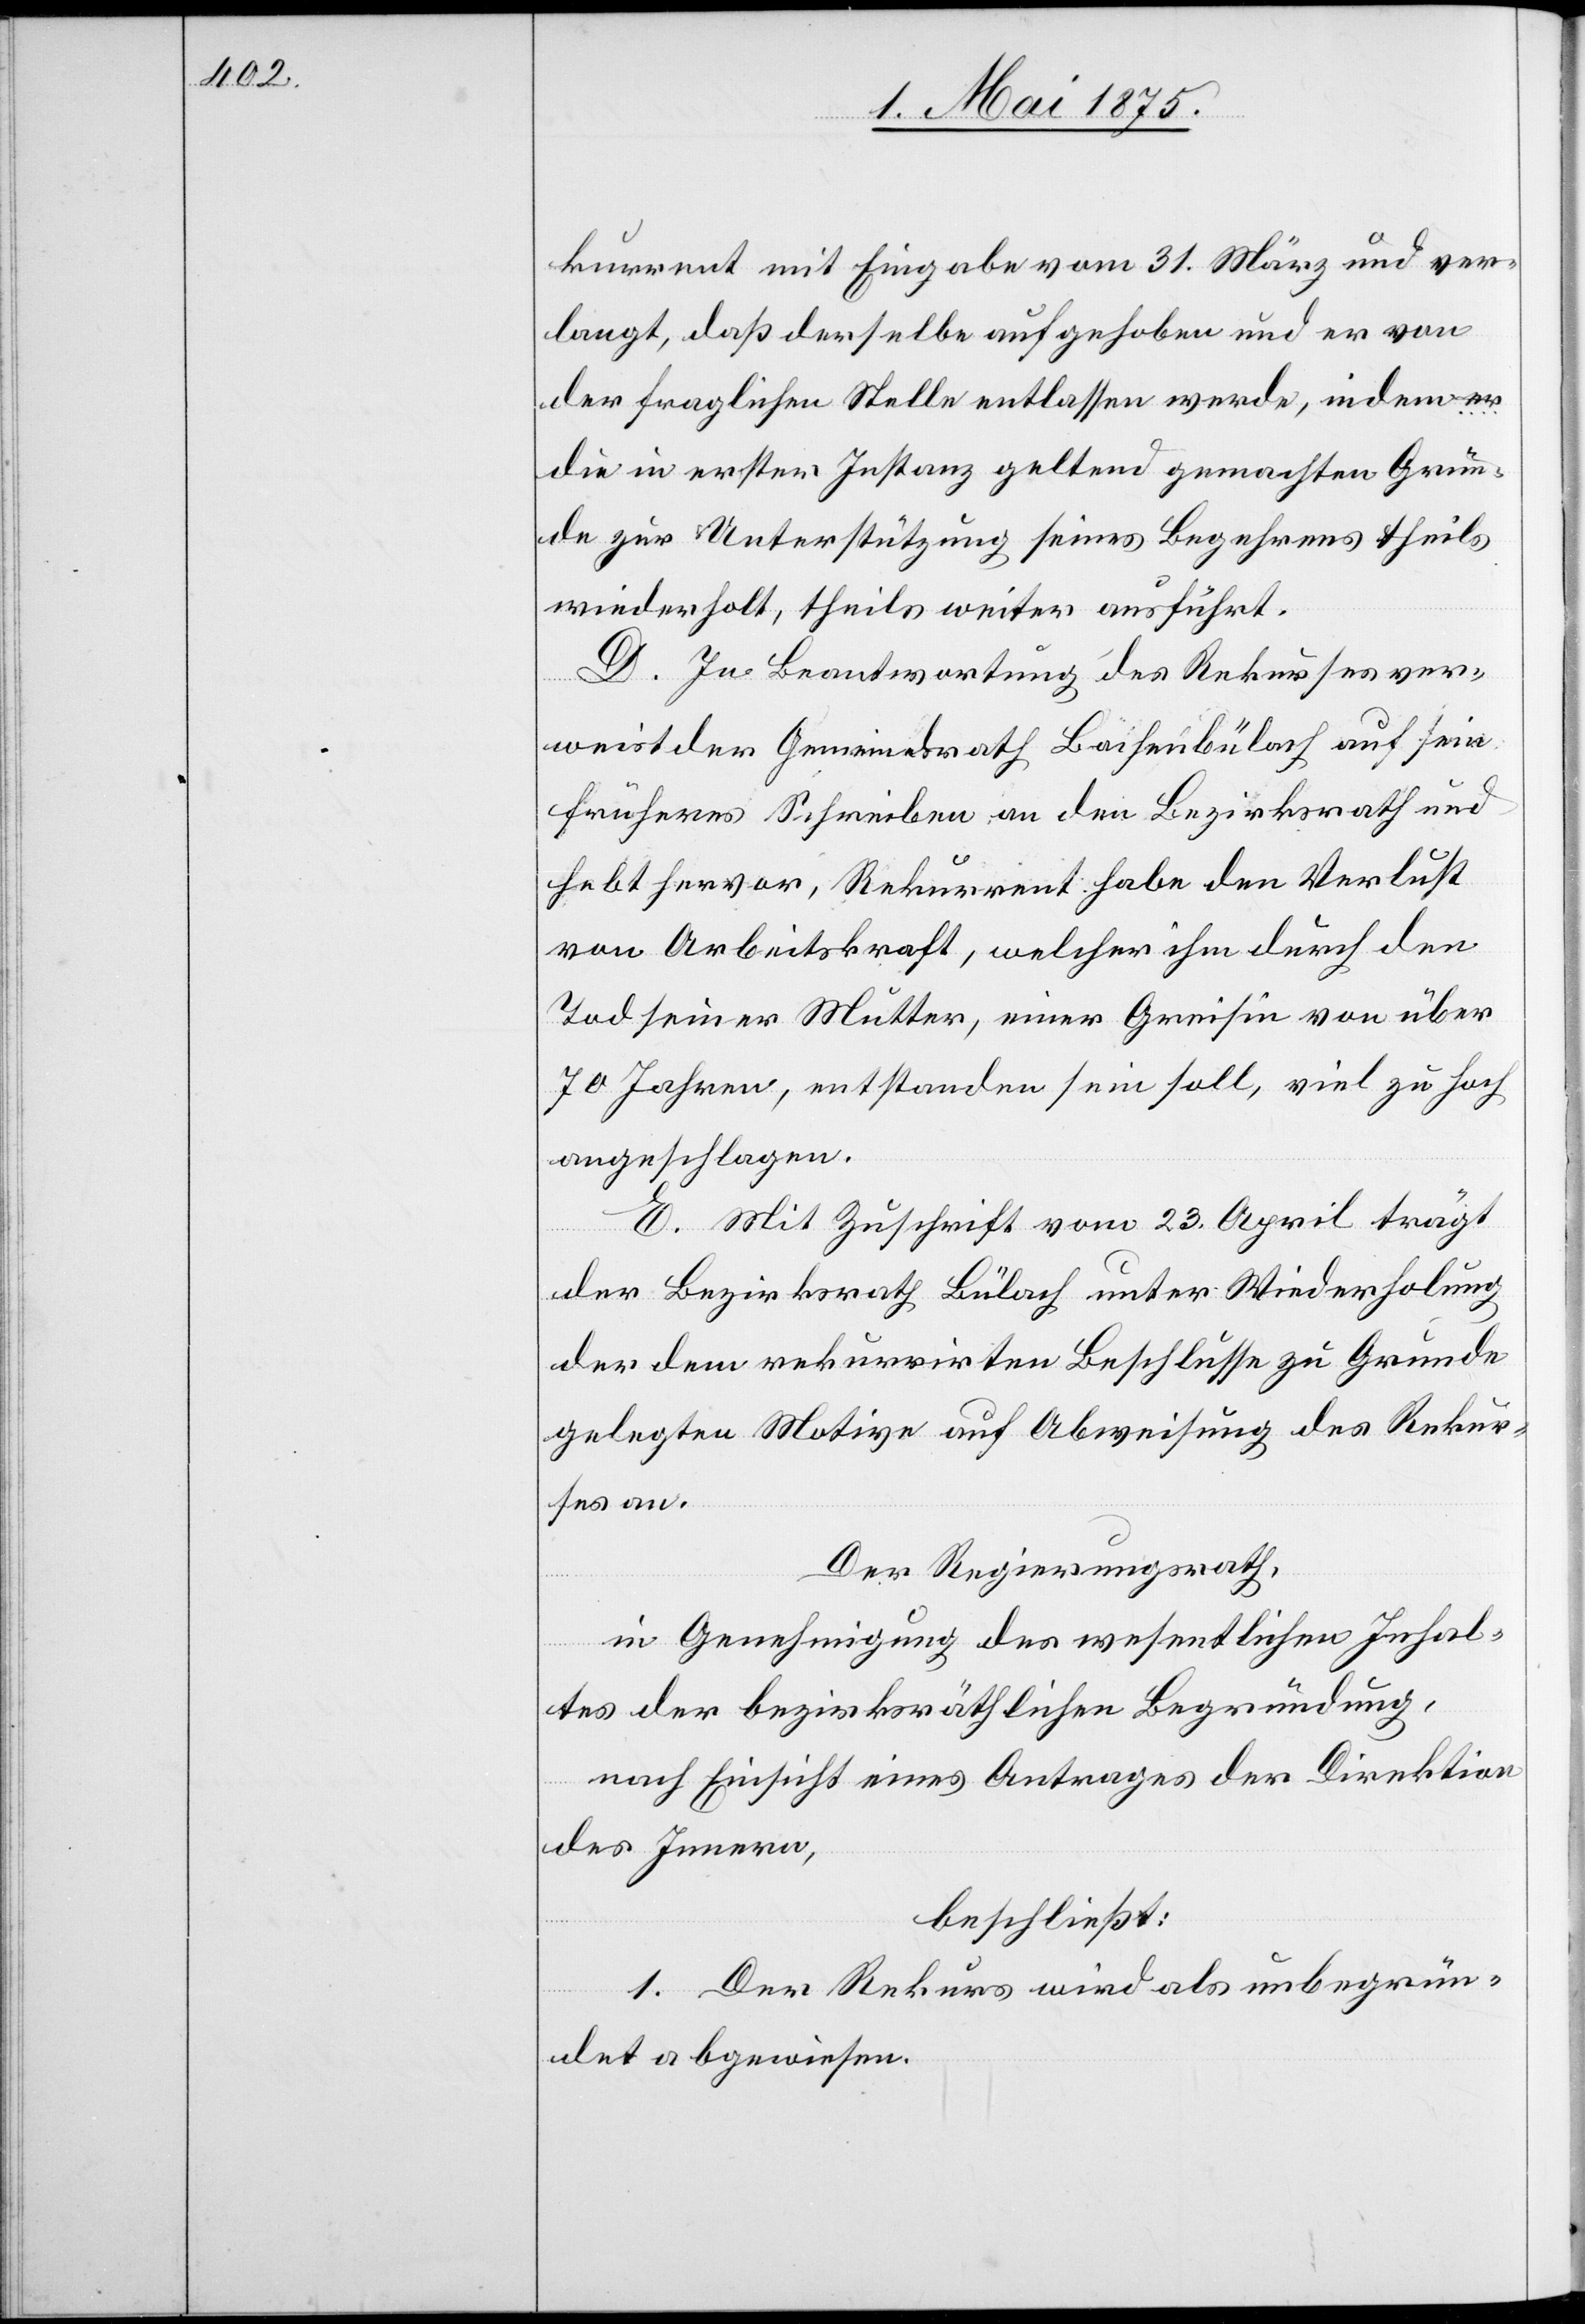
kurrent mit Eingabe vom 31. März und ver¬
langt, daß derselbe aufgehoben und er von
der fraglichen Stelle entlassen werde, indem er
die in erster Instanz geltend gemachten Grün¬
de zur Unterstützung seines Begehrens theils
wiederholt, theils weiter ausführt.
D. In Beantwortung des Rekurses ver¬
weist der Gemeindrath Bachenbülach auf sein
früheres Schreiben an den Bezirksrath und
hebt hervor, Rekurrent habe den Verlust
von Arbeitskraft, welcher ihm durch den
Tod seiner Mutter, einer Greisin von über
70 Jahren, entstanden sein soll, viel zu hoch
angeschlagen.
Mit Zuschrift vom 23. April trägt
der Bezirksrath Bülach unter Wiederholung
der dem rekurrirten Beschlusse zu Grunde
gelegten Motive auf Abweisung des Rekur¬
ses an.
Der Regierungsrath,
in Genehmigung des wesentlichen Inhal¬
tes der bezirksräthlichen Begründung,
nach Einsicht eines Antrages der Direktion
des Innern,
beschließt:
1. Der Rekurs wird als unbegrün¬
det abgewiesen.